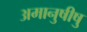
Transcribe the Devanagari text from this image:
अमानुषीषु